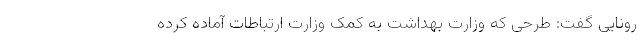
رونایی گفت: طرحی که وزارت بهداشت به کمک وزارت ارتباطات آماده کرده